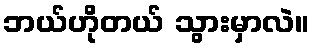
ဘယ်ဟိုတယ် သွားမှာလဲ။